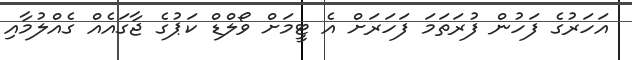
އަހަރުގެ ފަހުން ފުރަތަމަ ފަހަރަށް އެ ޓީމަށް ވޯލްޑް ކަޕުގެ ޖާގައެއް ގެއްލުމާއި